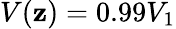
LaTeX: V(\mathbf{z})=0.99V_{1}